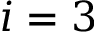
i = 3